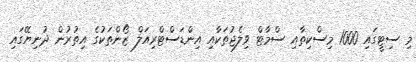
މި ސިޓީގައި 1000 މިސްކިތާއި ސްމާޓް ވިލެޖުތަކާއި އިންޑަސްޓްރިއަލް ޒޯންތަކުގެ އިތުރުން ދުނިޔޭގައި